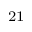
^ { 2 1 }